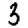
Digit: 3